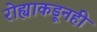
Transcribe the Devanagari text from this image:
रोह्याकडूनही